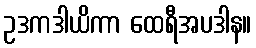
ဥဒကဒါယိကာ ထေရီအပဒါန။